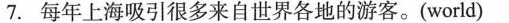
7.每年上海吸引很多来自世界各地的游客。(world)